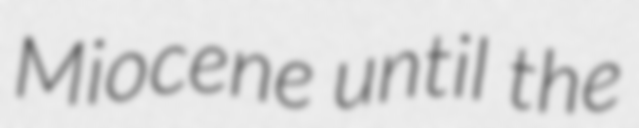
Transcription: Miocene until the